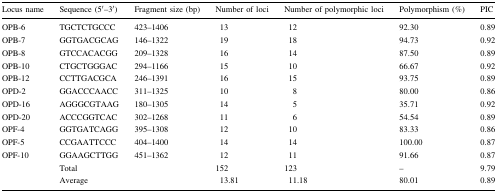
| Locus name | Sequence (5′–3′) | Fragment size (bp) | Number of loci | Number of polymorphic loci | Polymorphism (%) | PIC |
 | --- | --- | --- | --- | --- | --- | --- |
 | OPB-6 | TGCTCTGCCC | 423–1406 | 13 | 12 | 92.30 | 0.89 |
 | OPB-7 | GGTGACGCAG | 146–1322 | 19 | 18 | 94.73 | 0.92 |
 | OPB-8 | GTCCACACGG | 209–1328 | 16 | 14 | 87.50 | 0.89 |
 | OPB-10 | CTGCTGGGAC | 294–1166 | 15 | 10 | 66.67 | 0.92 |
 | OPB-12 | CCTTGACGCA | 246–1391 | 16 | 15 | 93.75 | 0.89 |
 | OPD-2 | GGACCCAACC | 311–1325 | 10 | 8 | 80.00 | 0.86 |
 | OPD-16 | AGGGCGTAAG | 180–1305 | 14 | 5 | 35.71 | 0.92 |
 | OPD-20 | ACCCGGTCAC | 302–1268 | 11 | 6 | 54.54 | 0.89 |
 | OPF-4 | GGTGATCAGG | 395–1308 | 12 | 10 | 83.33 | 0.86 |
 | OPF-5 | CCGAATTCCC | 404–1400 | 14 | 14 | 100.00 | 0.87 |
 | OPF-10 | GGAAGCTTGG | 451–1362 | 12 | 11 | 91.66 | 0.87 |
 |  | Total |  | 152 | 123 | – | 9.79 |
 |  | Average |  | 13.81 | 11.18 | 80.01 | 0.89 |